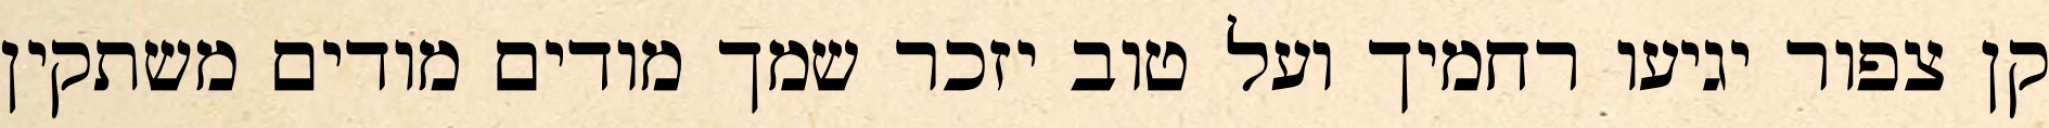
קן צפור יגיעו רחמיך ועל טוב יזכר שמך מודים מודים משתקין